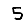
Digit: 5